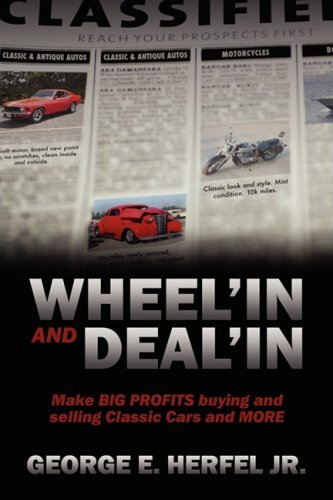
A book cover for Wheel'in and Deal'in: Make BIG PROFITS buying and selling Classic Cars and MORE; George E Herfel; Engineering & Transportation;